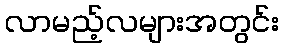
လာမည့်လများအတွင်း